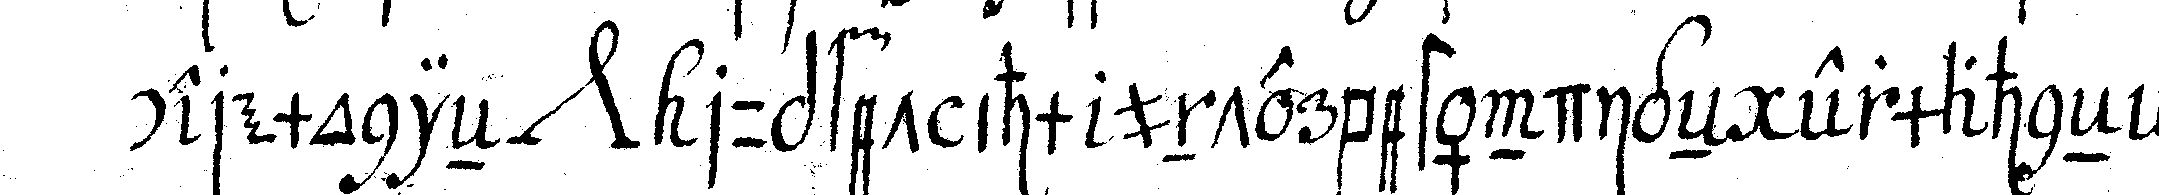
ceremonieN *nee* rupfet ihm unterbeständigeN ermahneN trö